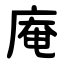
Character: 庵